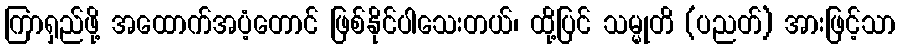
ကြာရှည်ဖို့ အထောက်အပံ့တောင် ဖြစ်နိုင်ပါသေးတယ်၊ ထို့ပြင် သမ္မုတိ (ပညတ်) အားဖြင့်သာ